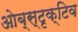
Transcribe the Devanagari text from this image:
ओब्स्टृक्टिव